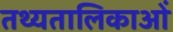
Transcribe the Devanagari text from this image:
तथ्यतालिकाओं